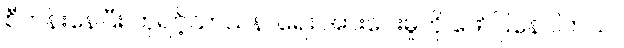
စီတန်းနေပြီး ဘုရင့်သာသနာရေး အားပေးမှုကို ဖော်ပြနေပါတယ်။